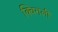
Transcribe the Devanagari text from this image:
क्विगली